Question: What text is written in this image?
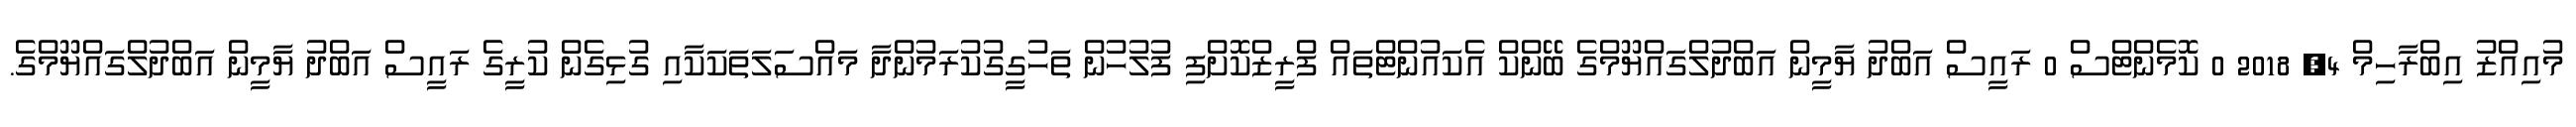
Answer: މުއިއްޒު އިބްރާހިމް 4, 2018 0 ކޮމެންޓްސް 0 ރައީސް އަބްދު ޔާމީން އަބްދުލްގައްޔޫމްގެ ބޭންކް އެކައުންޓްތައް ފްރީޒްކޮށްފި ފުލުހުން ތަހުގީގުކުރަމުންދާ މައްސަލަތަކަކާއި ގުޅިގެން ކުރީގެ ރައީސް އަބްދު ޔާމީން އަބްދުލްގައްޔޫމްގެ.